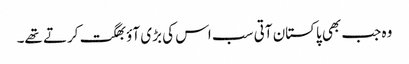
وہ جب بھی پاکستان آتی سب اس کی بڑی آؤ بھگت کرتے تھے۔